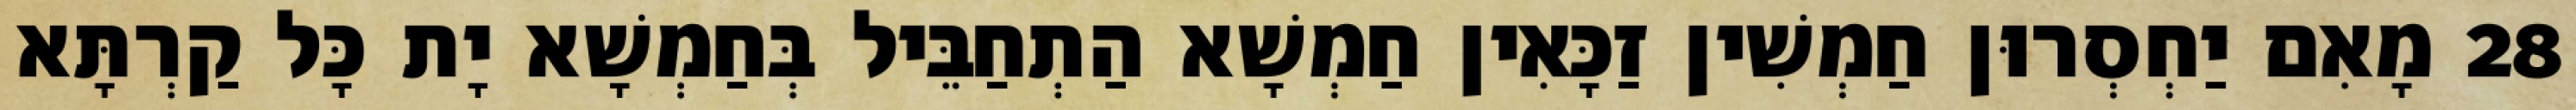
28 מָאִם יַחְסְרוּן חַמְשִׁין זַכָּאִין חַמְשָׁא הַתְחַבֵּיל בְּחַמְשָׁא יָת כָּל קַרְתָּא